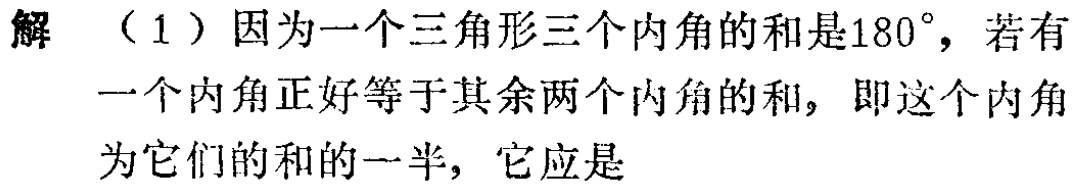
解 （1）因为一个三角形三个内角的和是\(180^{\circ}\)，若有一个内角正好等于其余两个内角的和，即这个内角为它们的和的一半，它应是